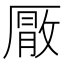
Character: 𭆕